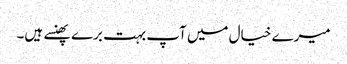
میرے خیال میں آپ بہت برے پھنسے ہیں۔